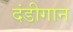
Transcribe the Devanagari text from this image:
दंडीगान